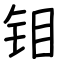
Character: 钼